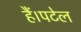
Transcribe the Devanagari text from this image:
हैं।पटेल